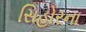
સિહોરના